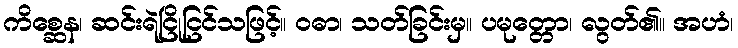
ကိစ္ဆေန၊ ဆင်းရဲငြိုငြင်သဖြင့်။ ဝဓာ၊ သတ်ခြင်းမှ။ ပမုတ္တော၊ လွတ်၏။ အဟံ၊